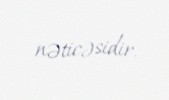
nəticəsidir.